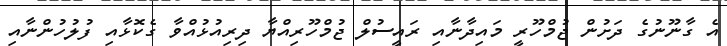
އެ ގާނޫނުގެ ދަށުން ޖުމްހޫރީ މައިދާނާއި ރައީސުލް ޖުމްހޫރިއްޔާ ދިރިއުޅުއްވާ ގެކޮޅާއި ފުލުހުންނާއި